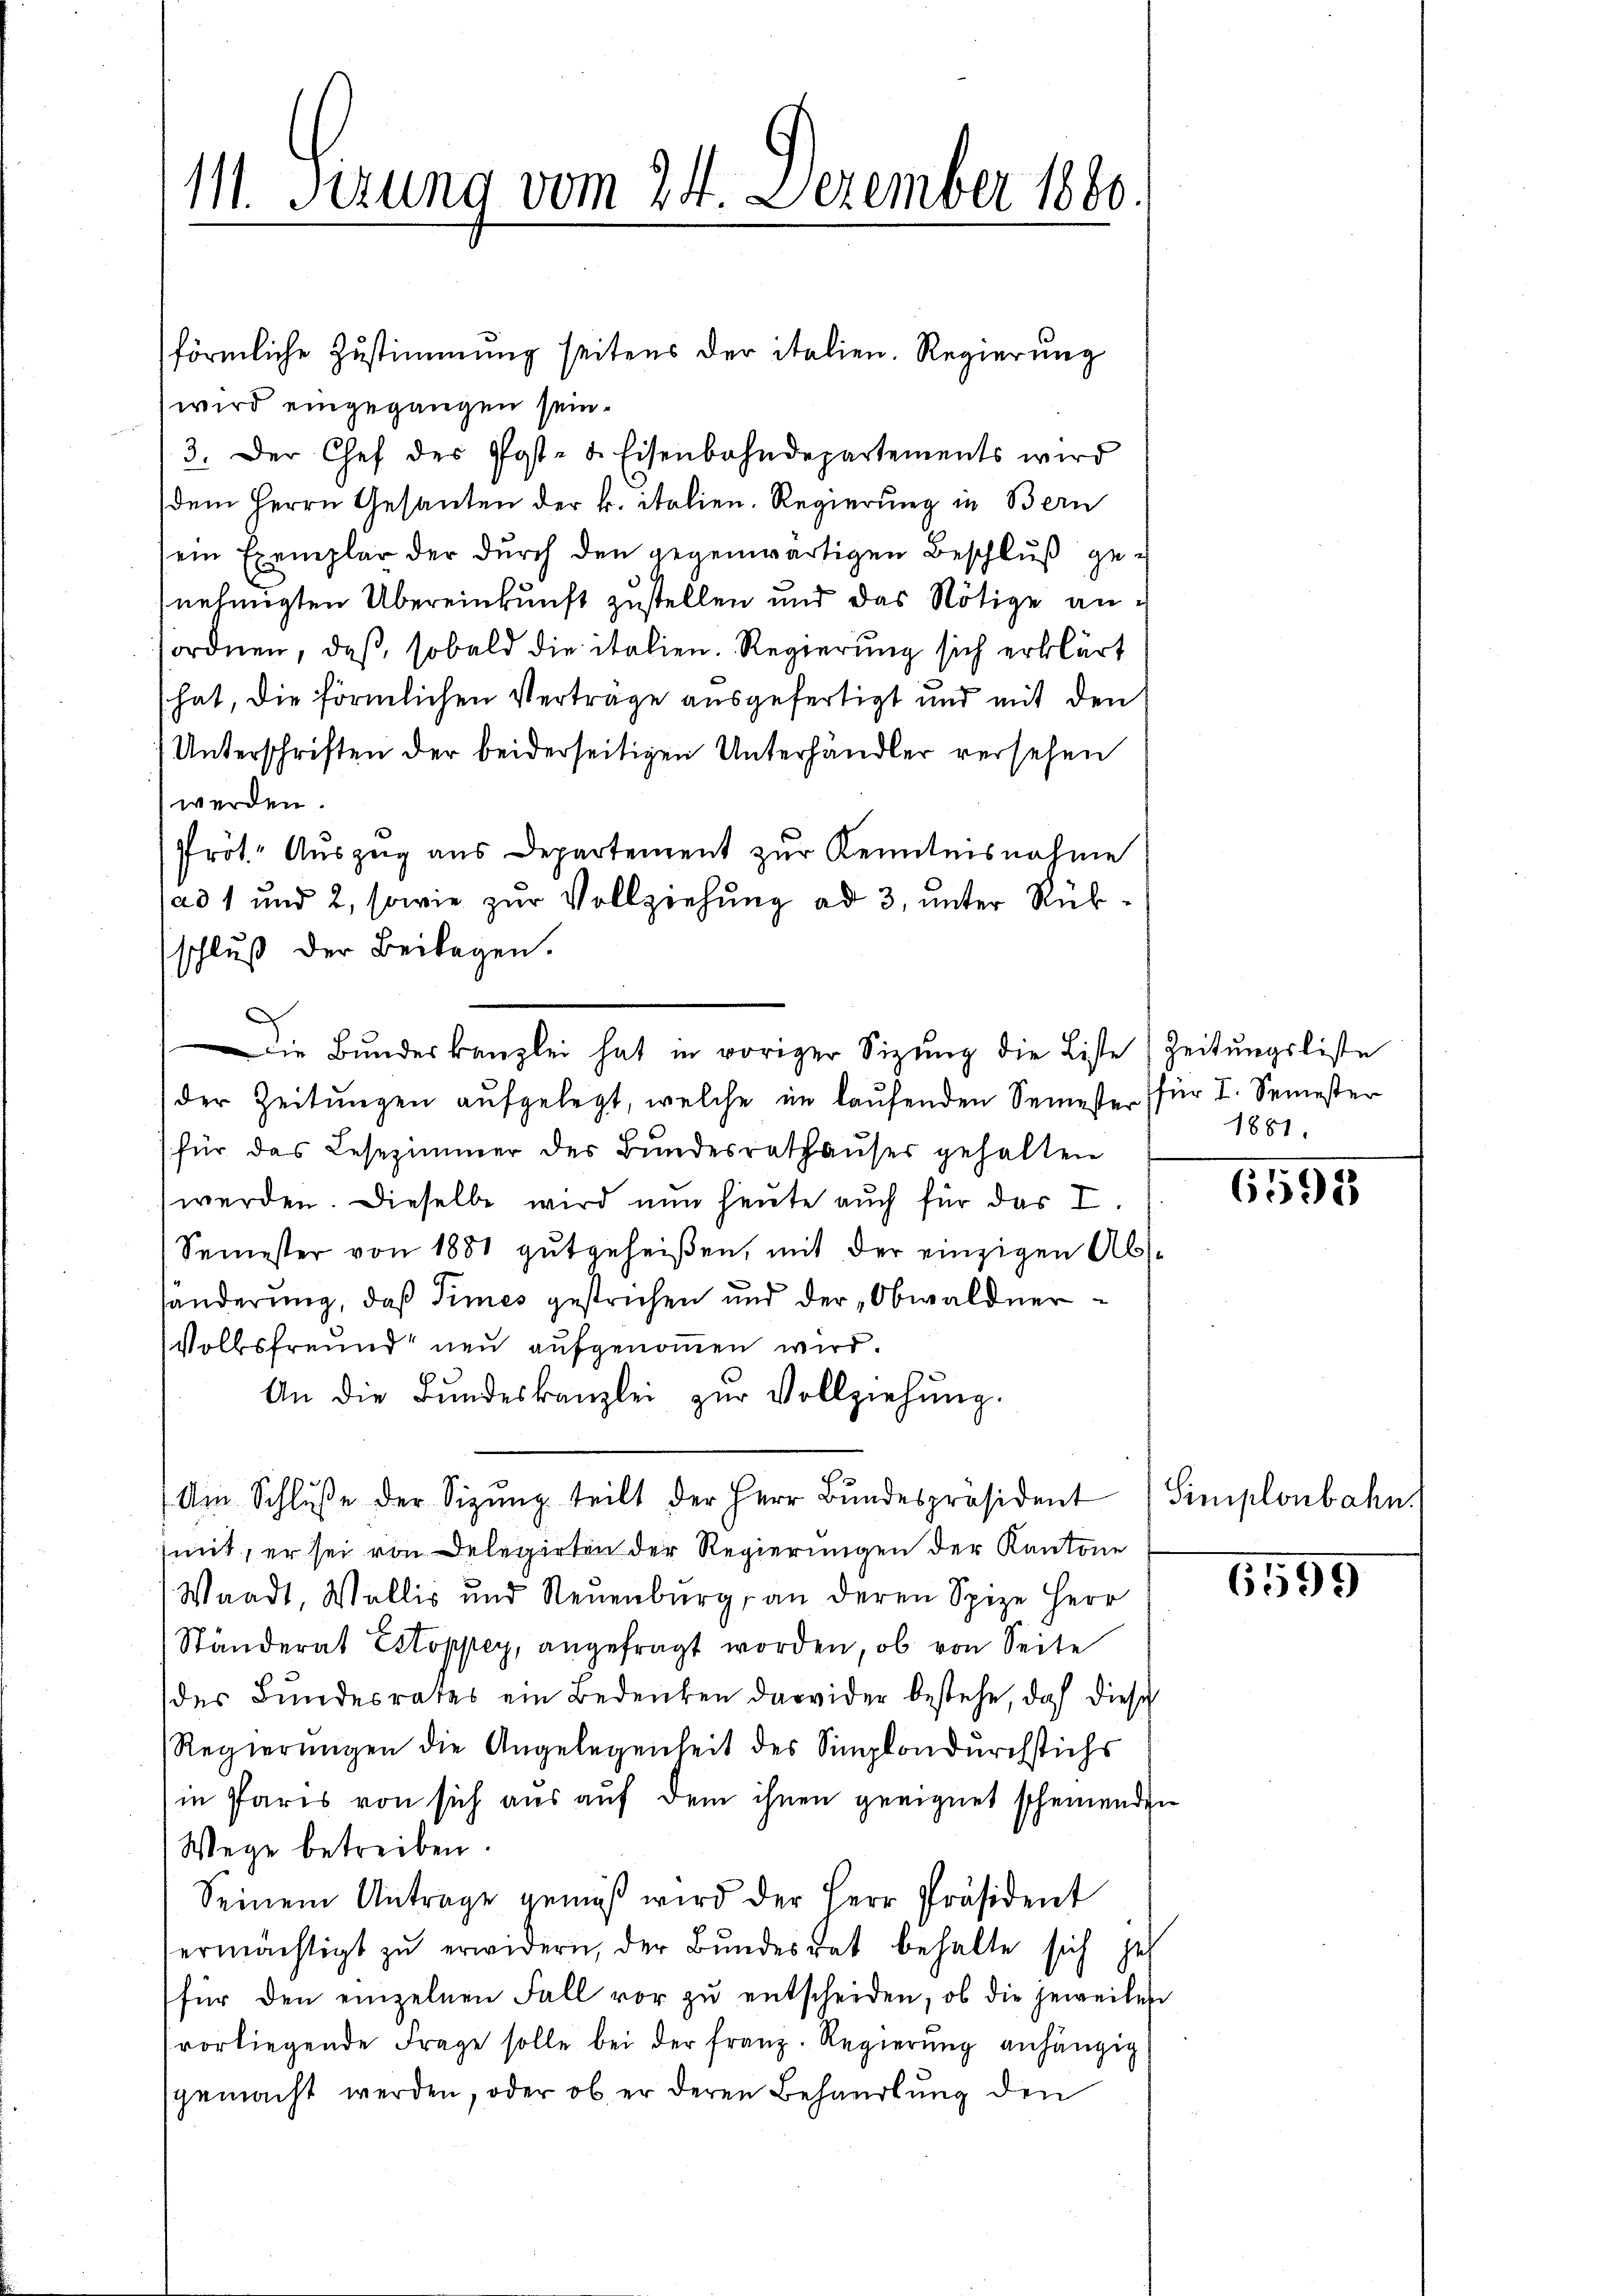
111. Sizung vom 24. Dezember 1880.

förmliche Zustimmung seitens der italien. Regierung
wird eingegangen sein.
3. Der Chef des Post- u. Eisenbahndepartements wird
dem Herrn Gesanten der k. italien. Regierung in Bern
ein Exemplar der durch den gegenwärtigen Beschluß genehmigten Übereinkunft zustellen und das Nötige anordnen, daß, sobald die italien. Regierung sich erklärt
(hat, die förmlichen Verträge ausgefertigt und mit den
Unterschriften der beiderseitigen Unterhändler versehen
werden.
Prot. Auszug aus Departement zur Kenntnisnahme
a31 und 2, sowie zur Vollziehung ad 3, unter Rükschluß der Beilagen.
der Zeitungen aŭfgelegt, welche im laufenden Semester für I. Semester
für das Lesezimmer der Bundesrathaŭser gehalten
werden. Dieselbe wird nun heute auch für das I
Semester von 1881 gutgeheißen, mit der einzigen Abshänderung, daß Times gestrichen und der „Obwaldner¬
Volksfreund neu aufgenommen wird.
An die Bŭndeskanzlei zŭr Vollziehŭng.
Am Schlŭβe der Sizŭng teilt der Herr Bŭndespräsident
mit, er sei von Delegirten der Regierungen der Kantone
Waadt, Wallis und Neuenburg, an deren Spize Herr
Ständerat Estoppey, angefragt worden, ob von Seite
des Bundesrates ein Bedenken dawider bestehe, daß diese
Regierungen die Angelegenheit des Simplondurchstichs
in Paris von sich aus auf dem ihnen geeignet scheinenden
Wege betreiben.
Seinem Antrage gemäβ wird der Herr Präsident
ermächtigt zŭ erwidern, der Bundesrat behalte sich jetz
für den einzelnen Fall vor zŭ entscheiden, ob die jeweilen
vorliegende Frage solle bei der franz. Regierŭng anhängig
gemacht werden, oder ob er deren Behandlung den

Die Bundeskanzlei hat in voriger Sizung die Liste Zeitungsliste

1881.

e

6591

Simplonbahn.

6599